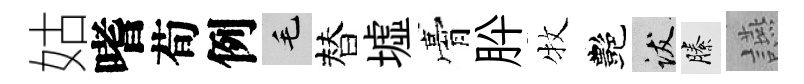
姑嗜荀例毛替墟膏肸牧艷跋縢讌